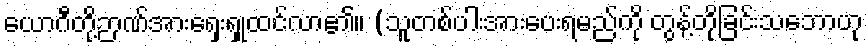
ယောဂီတို့ဉာဏ်အားရှေးရှုထင်လာ၏။ (သူတစ်ပါးအားပေးရမည်ကို တွန့်တိုခြင်းသဘောဟု